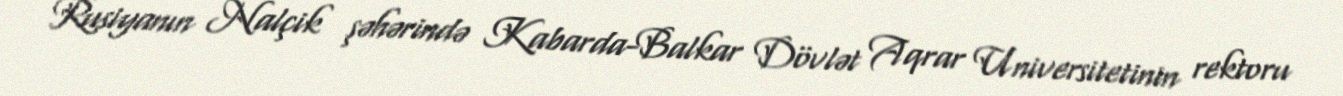
Rusiyanın Nalçik şəhərində Kabarda-Balkar Dövlət Aqrar Universitetinin rektoru